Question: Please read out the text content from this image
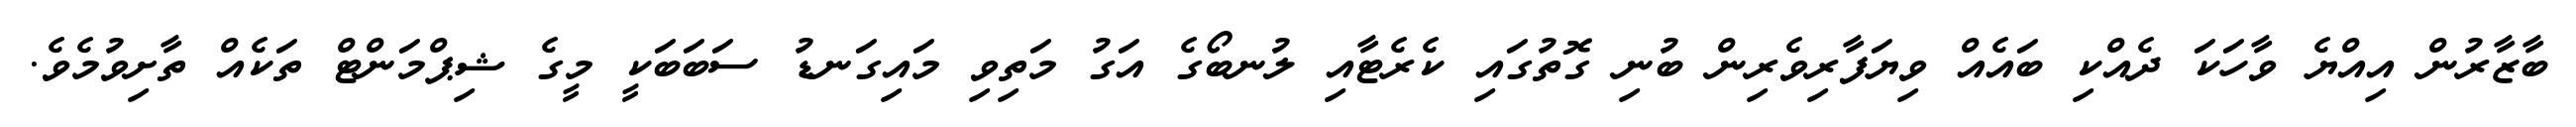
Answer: ބާޒާރުން އިއްޔެ ވާހަކަ ދެއްކި ބައެއް ވިޔަފާރިވެރިން ބުނި ގޮތުގައި ކެރެޓާއި ލުނބޯގެ އަގު މަތިވި މައިގަނޑު ސަބަބަކީ މީގެ ޝިޕްމަންޓް ތަކެއް ތާށިވުމެވެ.